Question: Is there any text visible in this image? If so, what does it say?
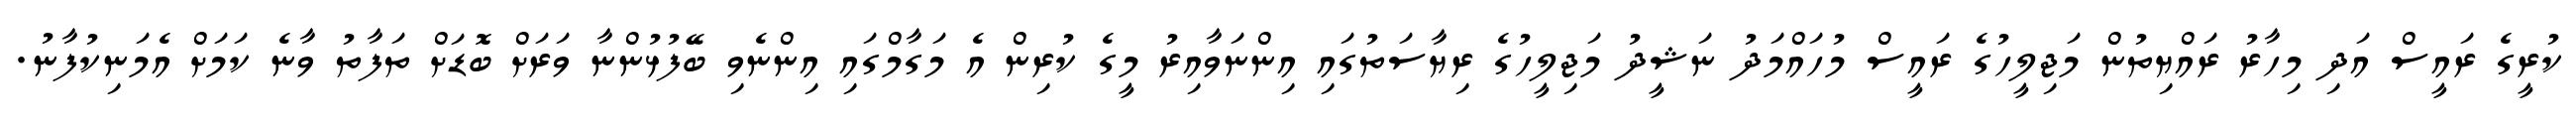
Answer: ކުރީގެ ރައީސް އަދި މިހާރު ރައްޔިތުން މަޖިލީހުގެ ރައީސް މުހައްމަދު ނަޝީދު މަޖިލީހުގެ ރިޔާސަތުގައި އިންނަވާއިރު މީގެ ކުރިން އެ މަގާމްގައި އިންނެވި ބޭފުޅުންނާ ވަރަށް ބޮޑަށް ތަފާތު ވާނެ ކަމަށް އެމަނިކުފާނު.